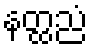
နတ္ထညံ